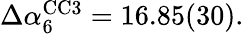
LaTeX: \begin{array}{r}{\Delta\alpha_{6}^{\mathrm{CC3}}=16.85(30).}\end{array}